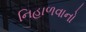
નિહાળવાનો